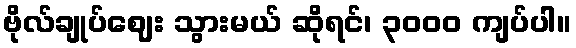
ဗိုလ်ချုပ်ဈေး သွားမယ် ဆိုရင်၊ ၃၀၀၀ ကျပ်ပါ။